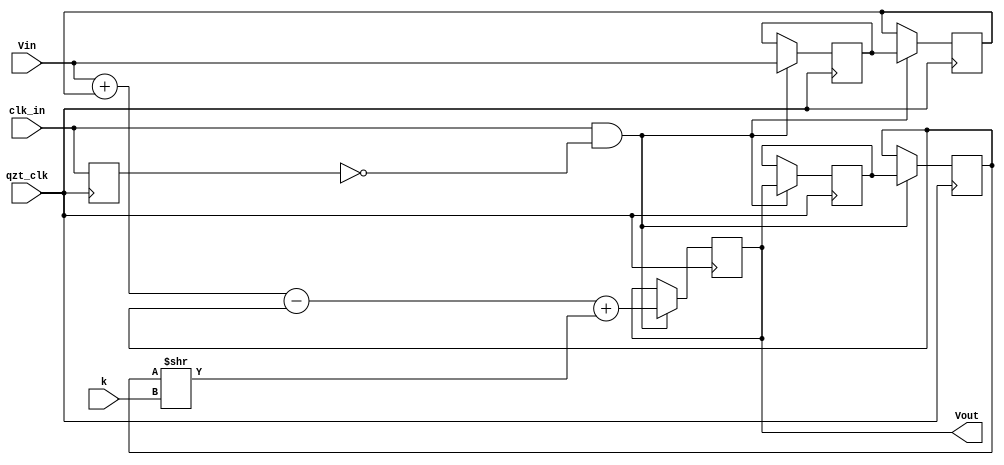
module Module_LowPassFilter(input qzt_clk,
													  input clk_in,
														input [3:0] k,
														input signed [19:0] Vin,

														output reg signed [19:0] Vout);

reg		clk_in_old;

reg signed [19:0] Vout_1; // Vout[n-1]
reg signed [19:0] Vout_2; // Vout[n-2]

reg signed [19:0] Vin_1; // Vin[n-1]
reg signed [19:0] Vin_2; // Vin[n-2]

// Insert below the necessary reg's and lines
always @(posedge qzt_clk) begin

	if(clk_in & !clk_in_old) begin
		Vout <= Vin + Vin_2 - Vout_2 + (Vout_2>>k);

		// This is always one cycle behind
		Vout_1 <= Vout;
		Vin_1 <= Vin;

		Vout_2 <= Vout_1;
		Vin_2 <= Vin_1;
	end
	clk_in_old <= clk_in;
end

endmodule